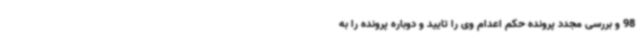
98 و بررسی مجدد پرونده حکم اعدام وی را تایید و دوباره پرونده را به